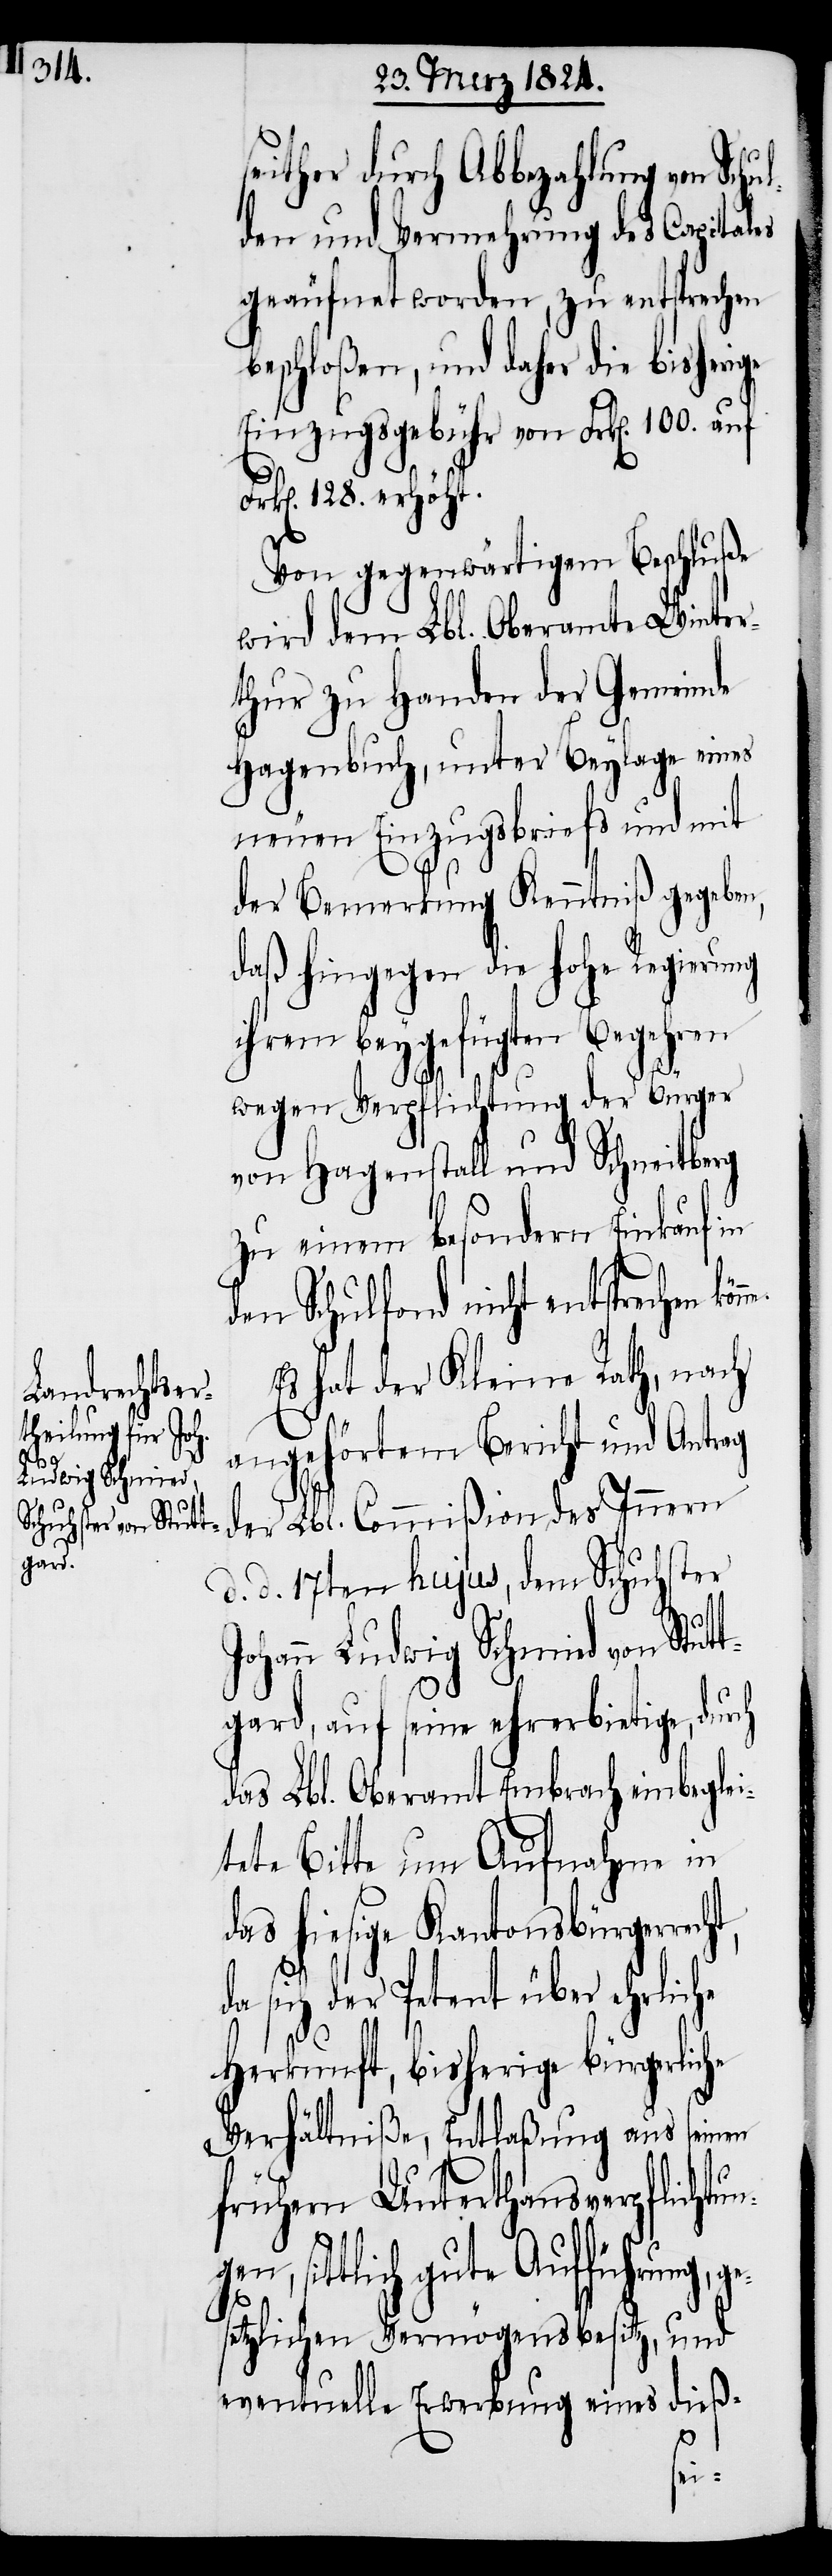
ges¬

seither durch Abbezahlung von Schu¬
lden und Vermehrung des Capitales
geäufnet worden, zu entsprechen
beschloßen, und daher die bisheri¬
Einzugsgebühr von Frk[en]. 100. auf
Frk[en]. 128. erhöht.
Von gegenwärtigem Beschluße
wird dem Lbl. Oberamte Winter¬
thur zu Handen der Gemeinde
Hagenbuch, unter Beylage eines
neuen Einzugsbriefes und mit
der Bemerkung Kenntniß gegeben,
daß hingegen die hohe Regierung
ihrem beygefügten Begehren
wegen Verpflichtung der Bürger
von Hagenstall und Schneitberg
zu einem besondern Einkauf in
den Schulfond nicht entsprechen kö¬
Es hat der Kleine Rath, nach
angehörtem Bericht und Antrag
der Lbl. Commißion des Innern
d. d. 17ten hujus, dem Schuhster
Johann Ludwig Schmid von Stut¬
ht,
gard, auf seine ehrerbietige, dur¬
das Lbl. Oberamt Embrach einbegle¬
tete Bitte um Aufnahme in
das hiesige Kantonsbürgerrec¬
sich der Petent über ehrliche
Herkunft, bisherge bürgerliche
seinen
Verhältniße, Entlaßung aus
frühern Unterthansverpflichtu¬
sittlich gute Aufführung,
etzlichen Vermögensbesitz, und
eventuelle Erwerbung eines dieß-
ch
ngen,